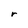
Character: r